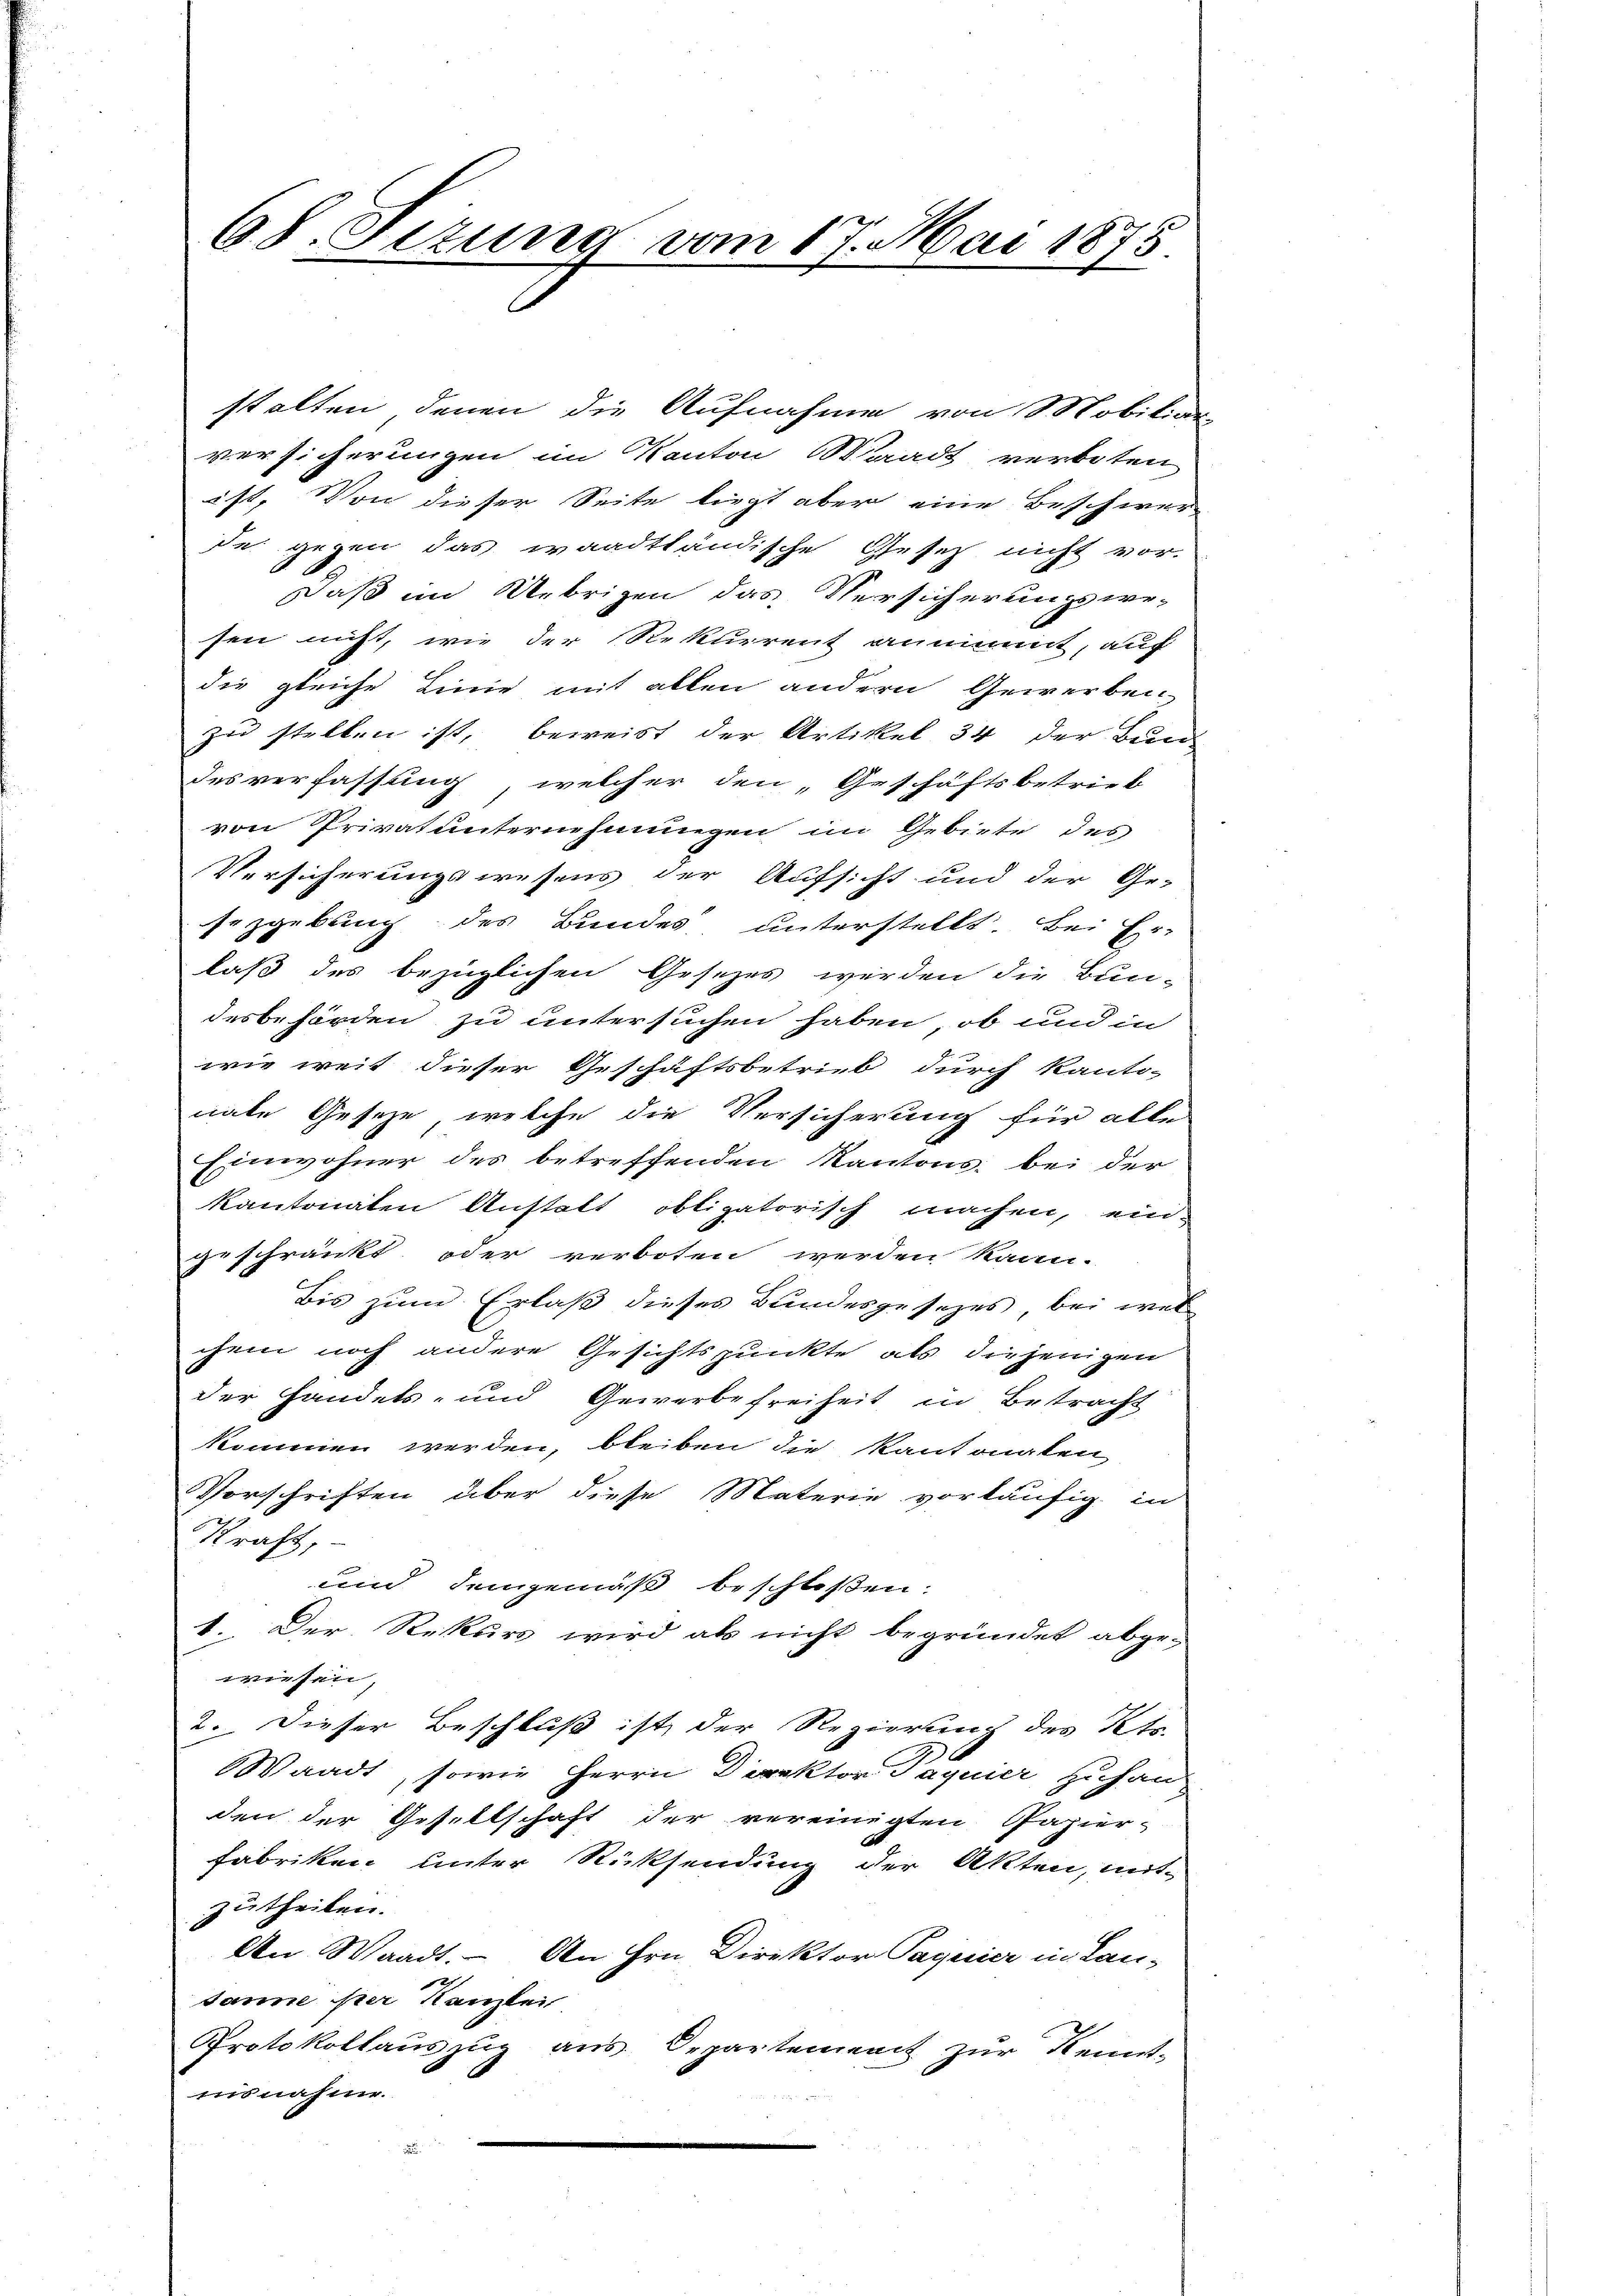
versicherungen im Kanton Waadt verboten
ist. Von dieser Seite liegt aber eine Beschwer-
de gegen das waadtländische Gesetz nicht vor-
Daß im Uebrigen das Versicherungswesen nicht, wie der Rekurrent annimmt, auf
die gleiche Linie mit allen andern Gewerben
zu stellen ist, beweist der Artikel 34 der Bun-
desverfassung, welcher den „Geschäftsbetrieb
von Privatunternehmungen im Gebiete des
Versicherungswesens der Aufsicht und der Ge-
sezgebung des Bundes, unterstellt. Bei Er-
laß des bezüglichen Gesetzes werden die Bun-
desbehörden zu untersuchen haben, ob und in
wie weit dieser Geschäftsbetrieb durch Kanto-
nate Geseze, welche die Versicherung für alle
Einwohner des betreffenden Kantons, bei der
kantonaten Anstalt obligatorisch machen, ein-
zuschränkt oder verboten werden kann.
bis zum Erlaß dieses Bundesgesezes bei wel
chem noch andere Gesichtspunkte als diejenigen
der Handels- und Gewerbefreiheit in Betracht
kommen werden, bleiben die Kantonalen
Vorschriften über diese Materie vorläufig in
Kraft,
und demgemäß beschloßen:
1. Der Rekurs wird als nicht begründet abge-
wiesen,
2. Dieser Beschluß ist, der Regierung des Kts.
Waadt, sowie Herrn Direktor Jaquier zuhanden der Gesellschaft der vereinigten Papier-
Fabriken unter Rücksendung der Akten, mit-
zutheilen.
An Waadt. An Hrn. Direktor Paquier in Lan-
i
sanne er Kanzlei
Protokollauszug aus Departement zur Kennt-
nisnahme.

68. Sizung vom 17. Mai 1875.

stalten denen die Aufnahme von Mobiliar-